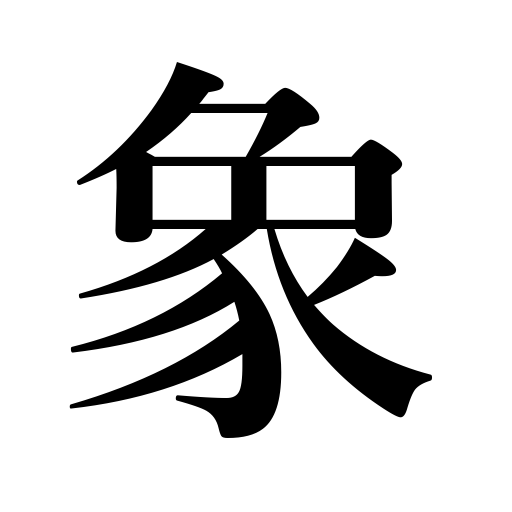
Meanings: image,elephant,sign of the times,shape